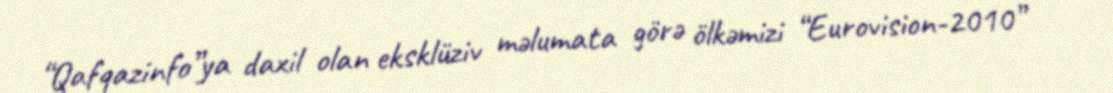
“Qafqazinfo”ya daxil olan eksklüziv məlumata görə ölkəmizi “Eurovision-2010”